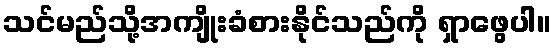
သင်မည်သို့အကျိုးခံစားနိုင်သည်ကို ရှာဖွေပါ။